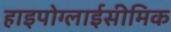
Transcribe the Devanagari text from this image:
हाइपोग्लाईसीमिक